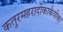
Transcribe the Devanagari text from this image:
कतुरमहरादीकाकैयीका